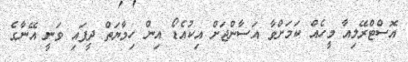
އޮސްޓްރޭލިއާ މީހެއް ކަމަށްވާ އަސާންޖަށް އިކުއެޑޯ އިން ހިމާޔަތް ދީފައި ވަނީ އޭނާގެ